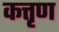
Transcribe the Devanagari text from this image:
कत्तृण